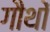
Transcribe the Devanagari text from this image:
गौथों